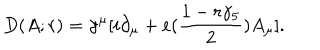
LaTeX: D ( A ; r ) = \gamma ^ { \mu } [ i \partial _ { \mu } + e ( { \frac { 1 - r \gamma _ { 5 } } { 2 } } ) A _ { \mu } ] .